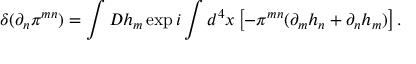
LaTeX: \delta ( \partial _ { n } \pi ^ { m n } ) = \int { \cal D } h _ { m } \exp i \int d ^ { 4 } x \left[ - \pi ^ { m n } ( \partial _ { m } h _ { n } + \partial _ { n } h _ { m } ) \right] .